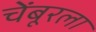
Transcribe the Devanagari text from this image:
चेंबूरला